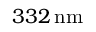
3 3 2 \, \mathrm { n m }